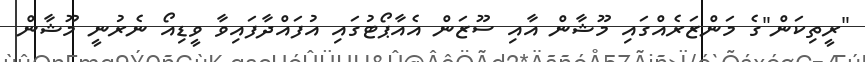
"ރީތިކަން"ގެ މަންޒަރެއްގައި މޫޝާން އާއި ސޫޒަން އެއާޕޯޓުގައި އުފައްދާފައިވާ ވީޑިއޯ ނެރުނީ މޫޝާން